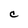
Character: c